Sanitation, dispensaries and jails vaccination Rajputana 1922-1927 - 1922-1927
Year: 1922
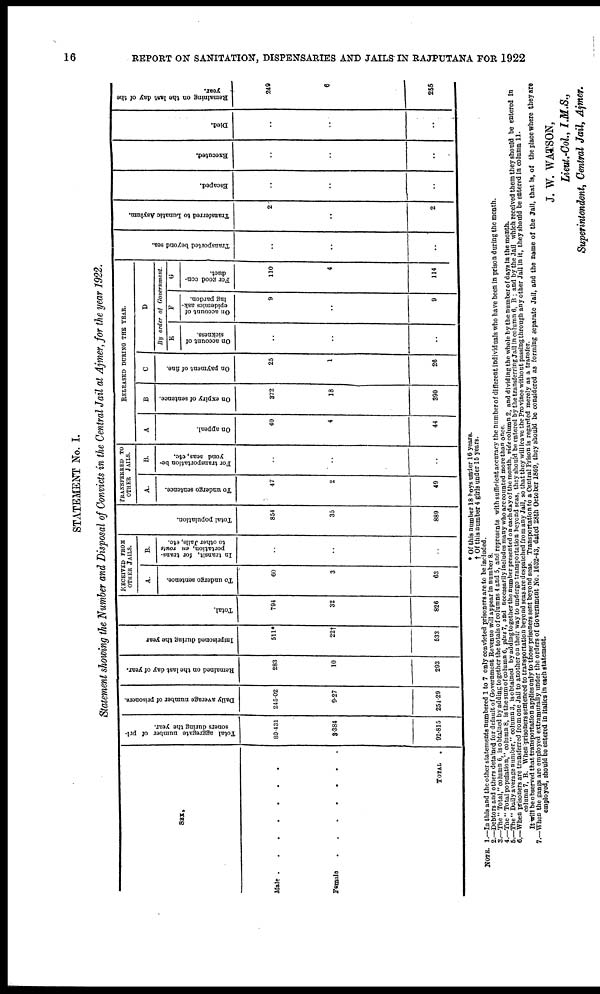
16
REPORT ON SANITATION, DISPENSARIES AND JAILS IN RAJPUTANA FOR 1922
STATEMENT No. I.
Statement showing the Number and Disposal of Convicts in the Central Jail at Ajmer, for the year 1922.
SEX.
Male . . . . . . .
Female . . . . . . .
TOTAL
.
Total aggregate number of pri-
soners during the year.
80.431
3.384
92.815
Daily average number of prisoners.
245.02
9.27
254.29
Remained on the last day of year.
283
10
293
Imprisoned during the year
511*
22†
533
Total.
794
32
826
RECEIVED FROM
OTHER JAILS.
A.
To undergo sentence.
60
3
63
B.
In transit, for trans-
portation, en route
to other Jails, etc.
..
..
..
Total population.
854
35
889
TRANSFERRED TO
OTHER JAILS.
A.
To undergo sentence.
47
2
49
B.
For transportation be-
yond seas, etc.
..
..
..
RELEASED DURING THE YEAR.
A
On appeal.
40
4
44
B
On expiry of sentence.
372
18
390
C
On payment of fine.
25
1
26
D
By order of Government.
E
On account of
sickness.
..
..
..
F
On account of
epidemics ask-
ing pardon.
9
..
9
G
For good con-
duct.
110
4
114
Transported beyond sea.
..
..
..
Transferred to Lunatic Asylum.
2
..
2
Escaped.
..
..
..
Executed.
..
..
..
Died.
..
..
..
Remaining on the last day of the
year.
249
6
255
* Of this number 18 boys under 16 years.
† Of this number 4 girls under 15 years.
NOTE. 1.—In this and the other statements numbered 1 to 7 only convicted prisoners are to be included.
2.—Debtors and others detained for default of Government Revenue will appear in number 8.
3.—The " Total," column 6, is obtained by adding together the totals of columns 4 and 5, and represents with sufficient accuracy the number of different individuals who have been in prison during the month.
4.—The" Total population," column 8, is the sum of column 6, plus 7, and necessarily includes many who are counted more than once.
5.—The" Daily average number," column 3, is obtained by adding together the number presented on each day of the month, vide column 2, and dividing the whole by the number of days in the month.
6.—When prisoners are transferred from one Jail to another on their way to undergo transportation beyond seas, they should be entered by the transferring Jail in column 6, B ; and by the Jail which received them they should be entered in
column 7, B. When prisoners sentenced to transportation beyond seas are despatched from any Jail, so that they will leave the Province without passing through any other Jail in it, they should be entered in column 11.
It will be observed that transportation applies only to those prisoners sent beyond seas. Transportation to a Central Prison is regarded merely as a transfer.
7.—When the gangs are employed extramurally under the orders of Government No. 1632-43, dated 28th October 1869, they should be considered as forming separate Jail, and the name of the Jail, that is, of the place where they are
employed, should be entered in italics in each statement.
J. W. WATSON,
Lieut.-Col., I.M.S.,
Superintendent, Central Jail, Ajmer.